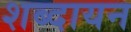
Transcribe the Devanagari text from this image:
शब्दायन